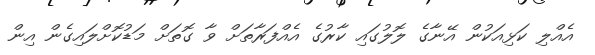
އެއްލި ކަޅިއަކުން އޭނާގެ ލޮލުގައި ކާރުގެ އެއްފަރާތަށް ވާ ގޮތަށް މަޑުކޮށްލައިގެން އިން